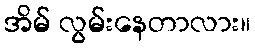
အိမ် လွမ်းနေတာလား။